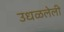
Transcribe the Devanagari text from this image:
उधळलेली